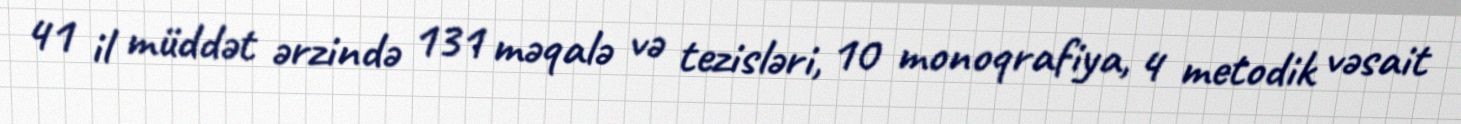
41 il müddət ərzində 131 məqalə və tezisləri, 10 monoqrafiya, 4 metodik vəsait